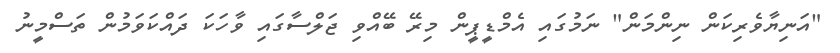
"އަނިޔާވެރިކަން ނިންމަން" ނަމުގައި އެމްޑީޕީން މިރޭ ބޭއްވި ޖަލްސާގައި ވާހަކަ ދައްކަވަމުން ތަސްމީނު